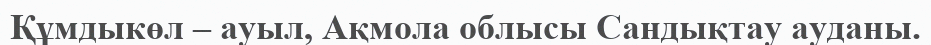
Құмдыкөл – ауыл, Ақмола облысы Сандықтау ауданы.